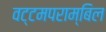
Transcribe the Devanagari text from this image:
वट्टमपराम्बिल